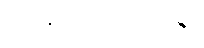
အိမ်ရှေ့မှာမထိုင်ပါနဲ့။